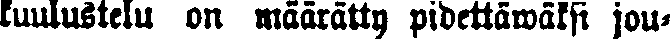
kuulustelu on määrätty pidettäwäksi jou-